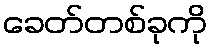
ခေတ်တစ်ခုကို